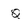
Character: Q